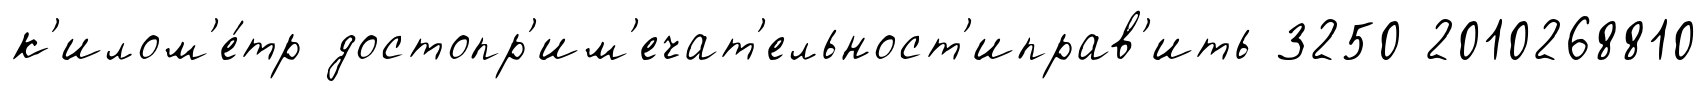
к'илом'е́тр достопр'им'ечат'ельност'иправ'ить 3250 2010268810